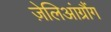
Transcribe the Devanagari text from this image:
ज़ेलिआंग्रौंग